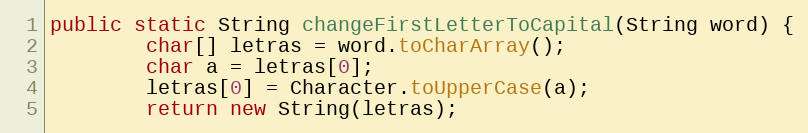
Language: Java
public static String changeFirstLetterToCapital(String word) {
        char[] letras = word.toCharArray();
        char a = letras[0];
        letras[0] = Character.toUpperCase(a);
        return new String(letras);